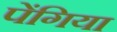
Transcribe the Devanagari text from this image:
पेंगिया